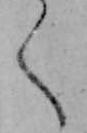
く